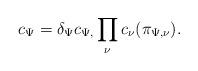
LaTeX: \begin{align*}c_{\Psi} = \delta_{\Psi} c_{\Psi,}\prod_{\nu} c_{\nu}(\pi_{\Psi,\nu}). \end{align*}